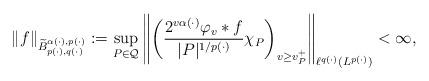
LaTeX: \begin{align*}\left\Vert f\right\Vert _{\widetilde{B}_{p(\cdot ),q(\cdot )}^{\alpha (\cdot),p(\cdot )}}:=\sup_{P\in \mathcal{Q}}\left\Vert \left( \frac{2^{v\alpha\left( \cdot \right) }\varphi _{v}\ast f}{|P|^{1/p(\cdot )}}\chi _{P}\right)_{v\geq v_{P}^{+}}\right\Vert _{\ell ^{q(\cdot )}(L^{p(\cdot )})}<\infty ,\end{align*}